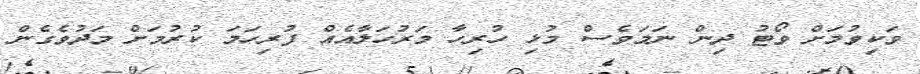
ވަކިވުމަށް ވޯޓު ދިން ނަމަވެސް މުޅި ހުރިހާ މަރުހަލާއެއް ފުރިހަމަ ކުރުމަށް މަދުވެގެން